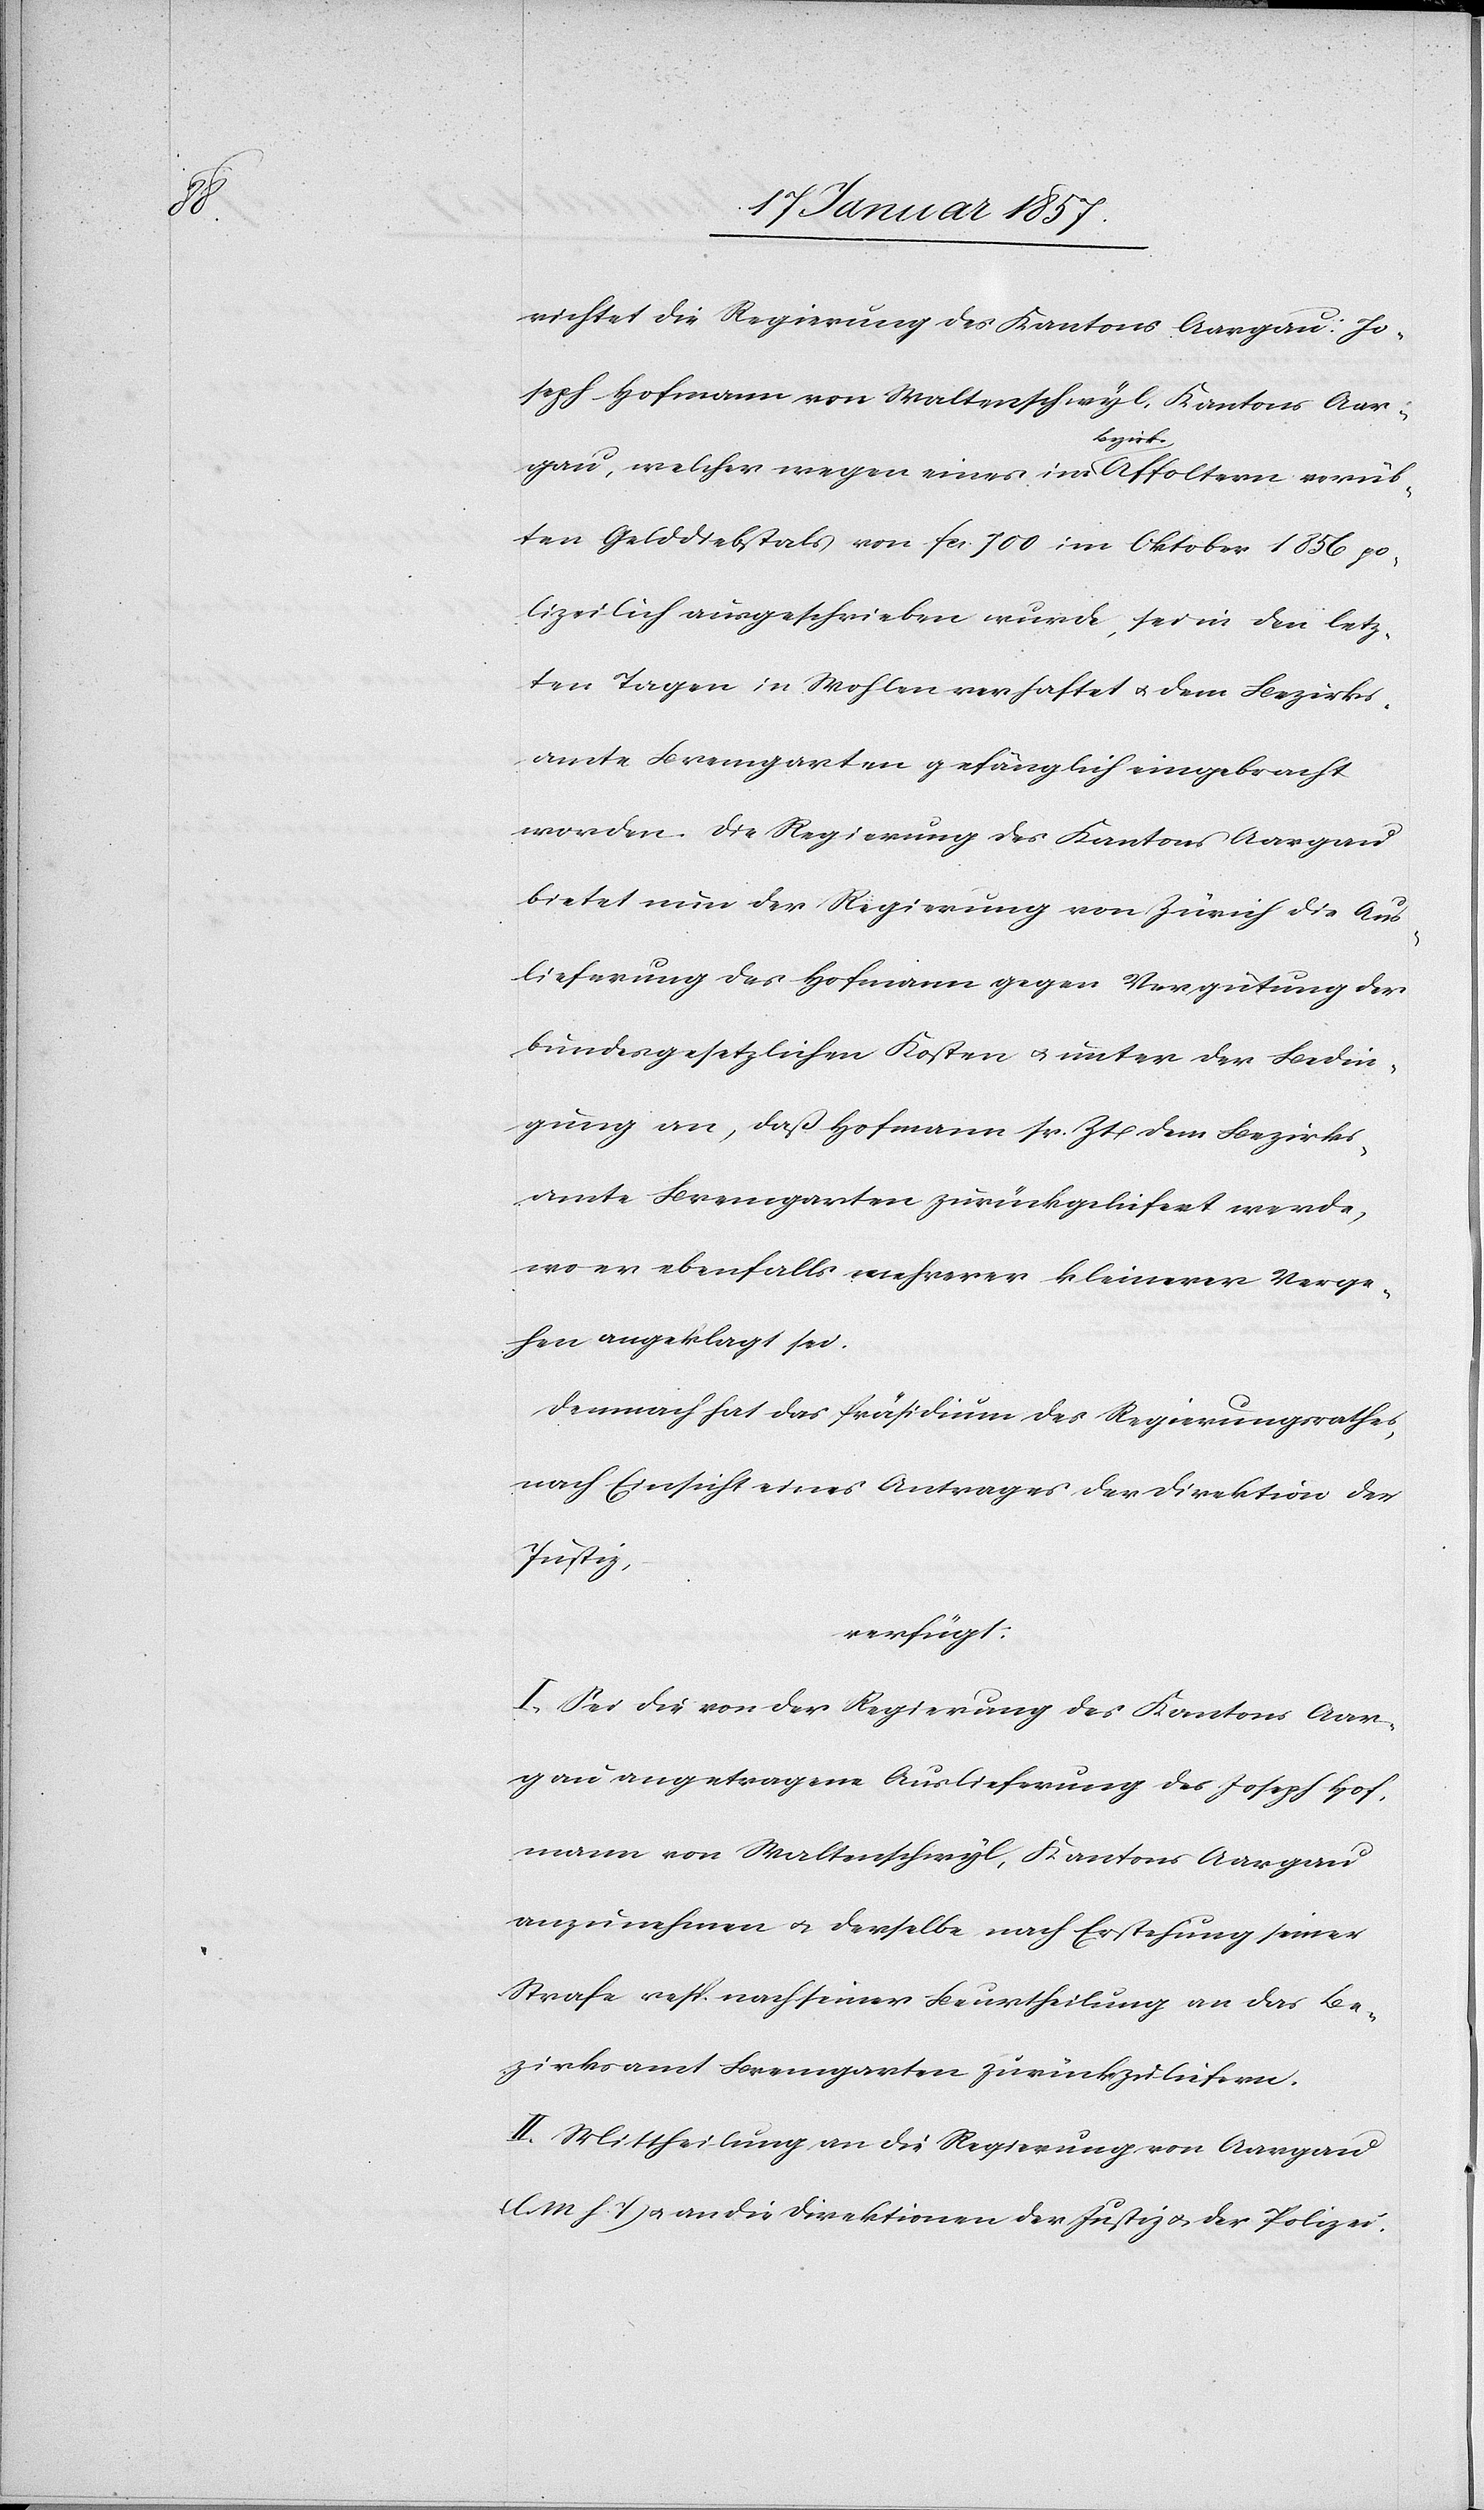
richtet die Regierung des Kantons Aargau: Jo¬
seph Hofmann von Waltenschwyl, Kantons Aar¬
gau, welcher wegen eines im a-Bezirk-a Affoltern verüb¬
ten Gelddiebstals von fcs. 700 im Oktober 1856 po¬
lizeilich ausgeschrieben wurde, sei in den letz¬
ten Tagen in Wohlen verhaftet u. dem Bezirks¬
amte Bremgarten gefänglich eingebracht
worden. Die Regierung des Kantons Aargau
bietet nun der Regierung von Zürich die Aus¬
lieferung des Hofmann gegen Vergütung der
bundesgesetzlichen Kosten u. unter der Bedin¬
gung an, daß Hofmann sr. Zt dem Bezirks¬
amte Bremgarten zurückgeliefert werde,
wo er ebenfalls mehrerer kleinerer Verge¬
hen angeklagt sei.
Demnach hat das Präsidium des Regierungsrathes,
nach Einsicht eines Antrages der Direktion der
Justiz,
verfügt:
I. Sei die von der Regierung des Kantons Aar¬
gau angetragene Auslieferung des Joseph Hof¬
mann von Waltenschwyl, Kantons Aargau
anzunehmen u. derselbe nach Erstehung seiner
Strafe resp. nach seiner Beurtheilung an das Be¬
zirksamt Bremgarten zurückzuliefern.
II. Mittheilung an die Regierung von Aargau
M h. T) u. an die Direktionen der Justiz & der Polizei.